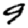
Digit: 9